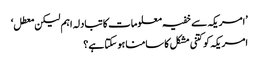
’امریکہ سے خفیہ معلومات کا تبادلہ اہم لیکن معطل‘
امریکہ کو کتنی مشکل کا سامنا ہو سکتا ہے؟